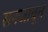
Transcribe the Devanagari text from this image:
सनजावून